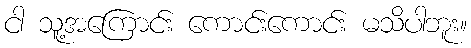
ငါ သူ့အကြောင်း ကောင်းကောင်း မသိပါဘူး။